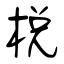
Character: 梲